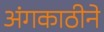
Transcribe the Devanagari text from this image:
अंगकाठीने